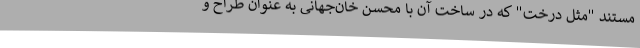
مستند "مثل درخت" که در ساخت آن با محسن خان‌جهانی به عنوان طراح و